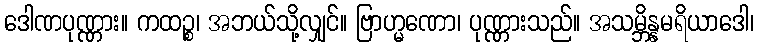
ဒေါဏပုဏ္ဏား။ ကထဉ္စ၊ အဘယ်သို့လျှင်။ ဗြာဟ္မဏော၊ ပုဏ္ဏားသည်။ အသမ္ဘိန္နမရိယာဒေါ၊